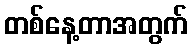
တစ်နေ့တာအတွက်